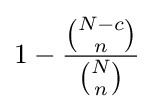
1-{\frac {\binom {N-c}{n}}{\binom {N}{n}}}